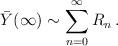
LaTeX: \begin{align*}\bar Y(\infty) \sim\sum_{n=0}^\infty R_n\,.\end{align*}